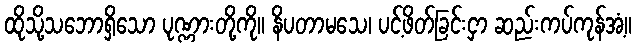
ထိုသို့သဘောရှိသော ပုဏ္ဏားတို့ကို။ နိပတာမသေ၊ ပင့်ဖိတ်ခြင်းငှာ ဆည်းကပ်ကုန်အံ့။